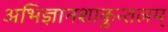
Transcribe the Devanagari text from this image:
अभिज्ञानशाकुन्तलम्‌